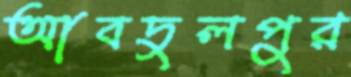
আবদুলপুর